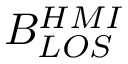
B _ { L O S } ^ { H M I }